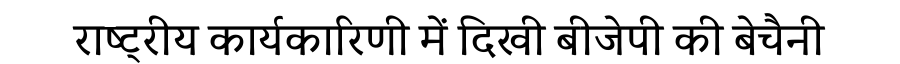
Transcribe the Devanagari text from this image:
राष्ट्रीय कार्यकारिणी में दिखी बीजेपी की बेचैनी